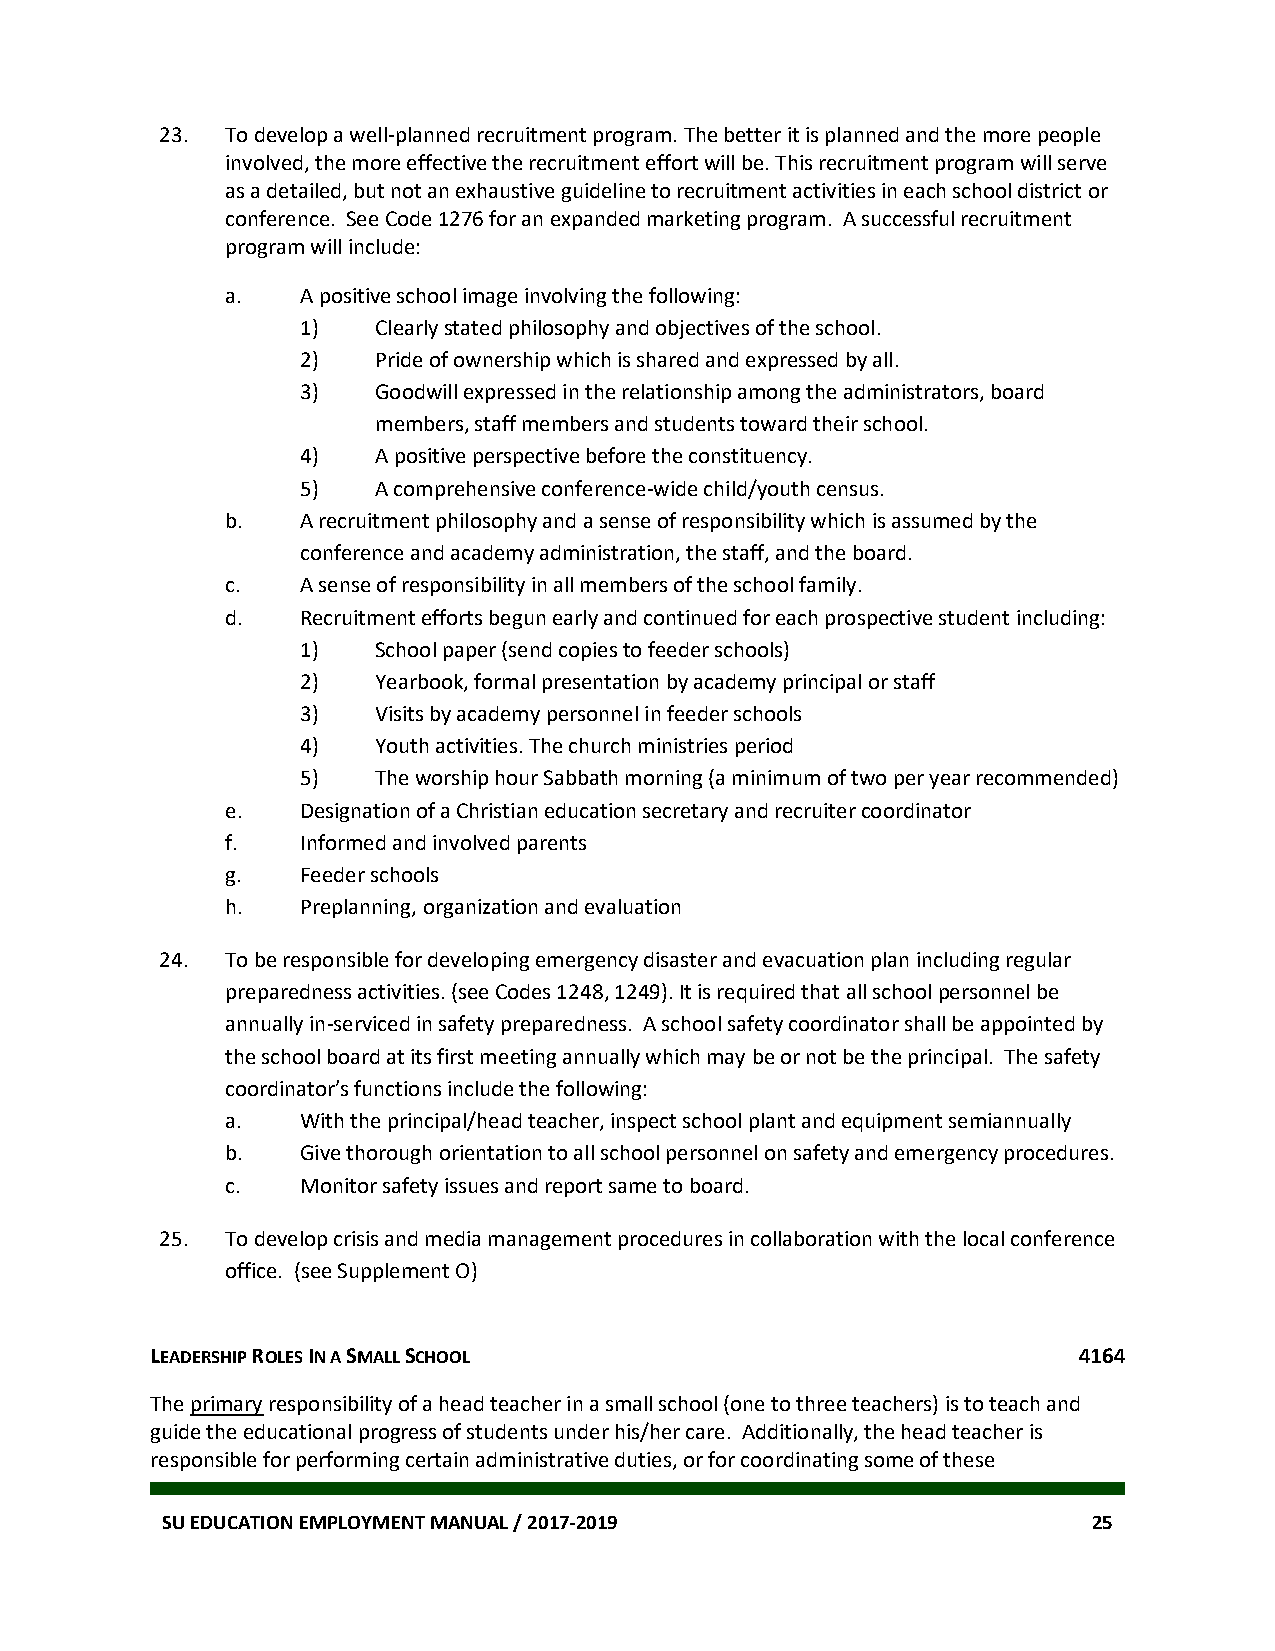
23. To develop a well-planned recruitment program. The better it is planned and the more people
 involved, the more effective the recruitment effort will be. This recruitment program will serve
 as a detailed, but not an exhaustive guideline to recruitment activities in each school district or
 conference. See Code 1276 for an expanded marketing program. A successful recruitment
 program will include:
 a.   A positive school image involving the following:
 1)   Clearly stated philosophy and objectives of the school.
 2)   Pride of ownership which is shared and expressed by all.
 3)   Goodwill expressed in the relationship among the administrators, board
 members, staff members and students toward their school.
 4)   A positive perspective before the constituency.
 5)   A comprehensive conference-wide child/youth census.
 b.   A recruitment philosophy and a sense of responsibility which is assumed by the
 conference and academy administration, the staff, and the board.
 c.   A sense of responsibility in all members of the school family.
 d.   Recruitment efforts begun early and continued for each prospective student including:
 1)   School paper (send copies to feeder schools)
 2)   Yearbook, formal presentation by academy principal or staff
 3)   Visits by academy personnel in feeder schools
 4)   Youth activities. The church ministries period
 5)   The worship hour Sabbath morning (a minimum of two per year recommended)
 e.   Designation of a Christian education secretary and recruiter coordinator
 f.   Informed and involved parents
 g.   Feeder schools
 h.   Preplanning, organization and evaluation
 24. To be responsible for developing emergency disaster and evacuation plan including regular
 preparedness activities. (see Codes 1248, 1249). It is required that all school personnel be
 annually in-serviced in safety preparedness. A school safety coordinator shall be appointed by
 the school board at its first meeting annually which may be or not be the principal. The safety
 coordinator’s functions include the following:
 a.   With the principal/head teacher, inspect school plant and equipment semiannually
 b.   Give thorough orientation to all school personnel on safety and emergency procedures.
 c.   Monitor safety issues and report same to board.
 25. To develop crisis and media management procedures in collaboration with the local conference
 office. (see Supplement O)
 LEADERSHIP ROLES IN A SMALL SCHOOL                           4164
 The primary responsibility of a head teacher in a small school (one to three teachers) is to teach and
 guide the educational progress of students under his/her care. Additionally, the head teacher is
 responsible for performing certain administrative duties, or for coordinating some of these
 SU EDUCATION EMPLOYMENT MANUAL / 2017-2019                   25